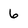
Character: 6